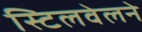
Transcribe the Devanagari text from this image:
स्टिलवेलने